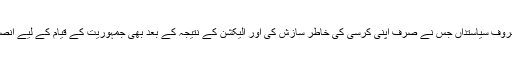
مغربی پاکستان کا معروف سیاستداں جس نے صرف اپنی کرسی کی خاطر سازش کی اور الیکشن کے نتیجہ کے بعد بھی جمہوریت کے قیام کے لیے انصاف سے کام نہیں لیا ۔